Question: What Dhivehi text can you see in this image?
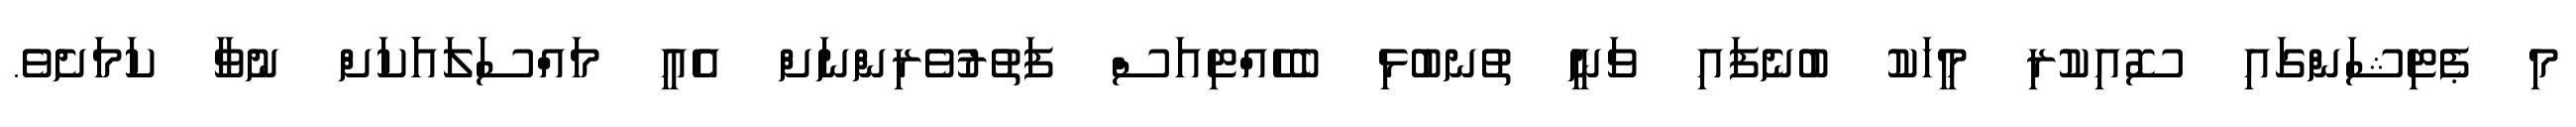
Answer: މި ޕެޓިޝަންގައި ސޮއިކުރި މީހަކު ބުނެފައި ވަނީ ތުނބުޅި ބެހެއްޓިއަސް ފަތުރުވެރިންނަށް އެއީ މައްސަލައަަކަށް ނުވާ ކަމަށެވެ.